Distribution and causation of leprosy in British India
Year: 1875
Disease focus: Leprosy
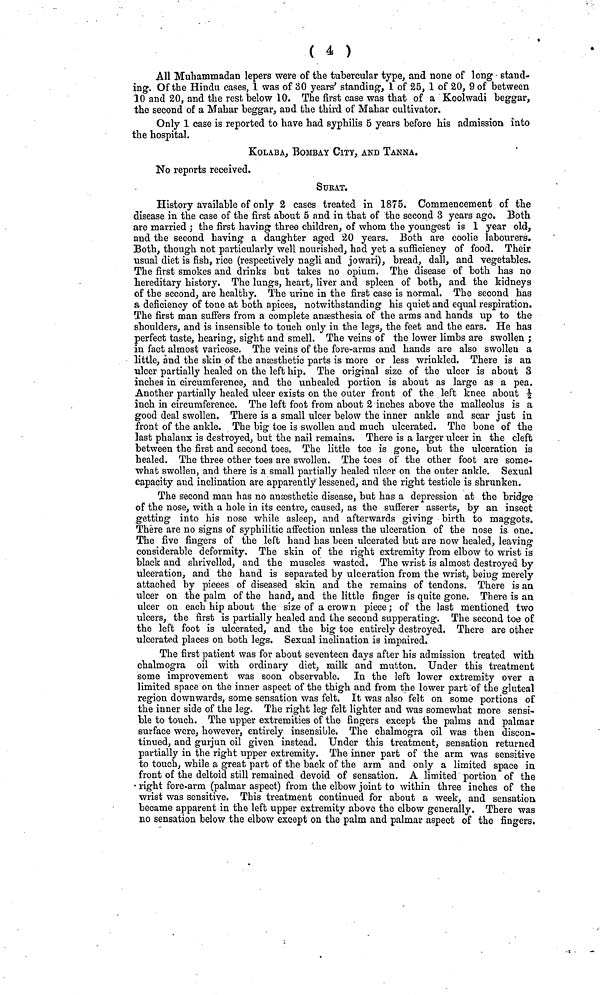
( 4 )
All Muhammadan lepers were of the tubercular type, and none of long stand-
ing. Of the Hindu cases, 1 was of 30 years' standing, 1 of 25, 1 of 20, 9 of between
10 and 20, and the rest below 10. The first ease was that of a Koolwadi beggar,
the second of a Mahar beggar, and the third of Mahar cultivator.
Only 1 case is reported to have had syphilis 5 years before his admission into
the hospital.
KOLABA, BOMBAY CITY, AND TANNA.
No reports received.
SuRAT.
History available of only 2 cases treated in 1875. Commencement of the
disease in the case of the first about 5 and in that of the second 3 years ago. Both
are married ; the first having three children, of whom the youngest is 1 year old,
and the second having a daughter aged 20 years. Both are coolie labourers.
Both, though not particularly well nourished, had yet a sufficiency of food. Their
usual diet is fish, rice (respectively nagli and jowari), bread, dall, and vegetables.
The first smokes and drinks but takes no opium. The disease of both has no
hereditary history. The lungs, heart, liver and spleen of both, and the kidneys
of the second, are healthy. The urine in the first case is normal. The second has
a deficiency of tone at both apices, notwithstanding his quiet and equal respiration.
The first man suffers from a complete anæsthesia of the arms and hands up to the
shoulders, and is insensible to touch only in the legs, the feet and the ears, He has
perfect taste, hearing, sight and smell. The veins of the lower limbs are swollen ;
in fact almost varicose. The veins of the fore-arms and hands are also swollen a
little, and the skin of the anæsthetic parts is more or less wrinkled. There is an
ulcer partially healed on the left hip. The original size of the ulcer is about 3
inches in circumference, and the unhealed portion is about as large as a pea.
Another partially healed ulcer exists on the outer front of the left knee about ½
inch in circumference. The left foot from about 2 inches above the malleolus is a
good deal swollen. There is a small ulcer below the inner ankle and scar just in
front of the ankle. The big toe is swollen and much ulcerated. The bone of the
last phalanx is destroyed, but the nail remains. There is a larger ulcer in the cleft
between the first and second toes. The little toe is gone, but the ulcération is
healed. The three other toes are swollen. The toes of the other foot are some-
what swollen, and there is a small partially healed ulcer on the outer ankle. Sexual
capacity and inclination are apparently lessened, and the right testicle is shrunken.
The second man has no anæsthetic disease, but has a depression at the bridge
of the nose, with a hole in its centre, caused, as the sufferer asserts, by an insect
getting into his nose while asleep, and afterwards giving birth to maggots.
There are no signs of syphilitic affection unless the ulcération of the nose is one»
The five fingers of the left hand has been ulcerated but are now healed, leaving
considerable deformity. The skin of the right extremity from elbow to wrist is
black and shrivelled, and the muscles wasted. The wrist is almost destroyed by
ulcération, and the hand is separated by ulcération from the wrist, being merely
attached by pieces of diseased skin and the remains of tendons. There is an
ulcer on the palm of the hand, and the little finger is quite gone. There is an
ulcer on each hip about the size of a crown piece; of the last mentioned two
ulcers, the first is partially healed and the second supperating. The second toe of
the left foot is ulcerated, and the big toe entirely destroyed. There are other
ulcerated places on both legs. Sexual inclination is impaired.
The first patient was for about seventeen days after his admission treated with
chalmogra oil with ordinary diet, milk and mutton. Under this treatment
some improvement was soon observable. In the left lower extremity over a
limited space on the inner aspect of the thigh and from the lower part of the gluteal
region downwards, some sensation was felt. It was also felt on some portions of
the inner side of the leg. The right leg felt lighter and was somewhat more sensi-
ble to touch. The upper extremities of the fingers except the palms and palmar
surface were, however, entirely insensible. The chalmogra oil was then discon-
tinued, and gurjun oil given instead. Under this treatment, sensation returned
partially in the right upper extremity. The inner part of the arm was sensitive
to touch, while a great part of the back of the arm and only a limited space in
front of the deltoid still remained devoid of sensation. A limited portion of the
right fore-arm (palmar aspect) from the elbow joint to within three inches of the
wrist was sensitive. This treatment continued for about a week, and sensation
became apparent in the left upper extremity above the elbow generally. There was
no sensation below the elbow except on the palm and palmar aspect of the fingers.